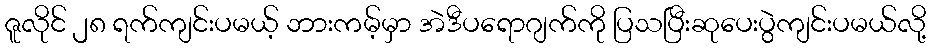
ဇူလိုင် ၂၈ ရက်ကျင်းပမယ့် ဘားကမ့်မှာ အဲဒီပရောဂျက်ကို ပြသပြီးဆုပေးပွဲကျင်းပမယ်လို့